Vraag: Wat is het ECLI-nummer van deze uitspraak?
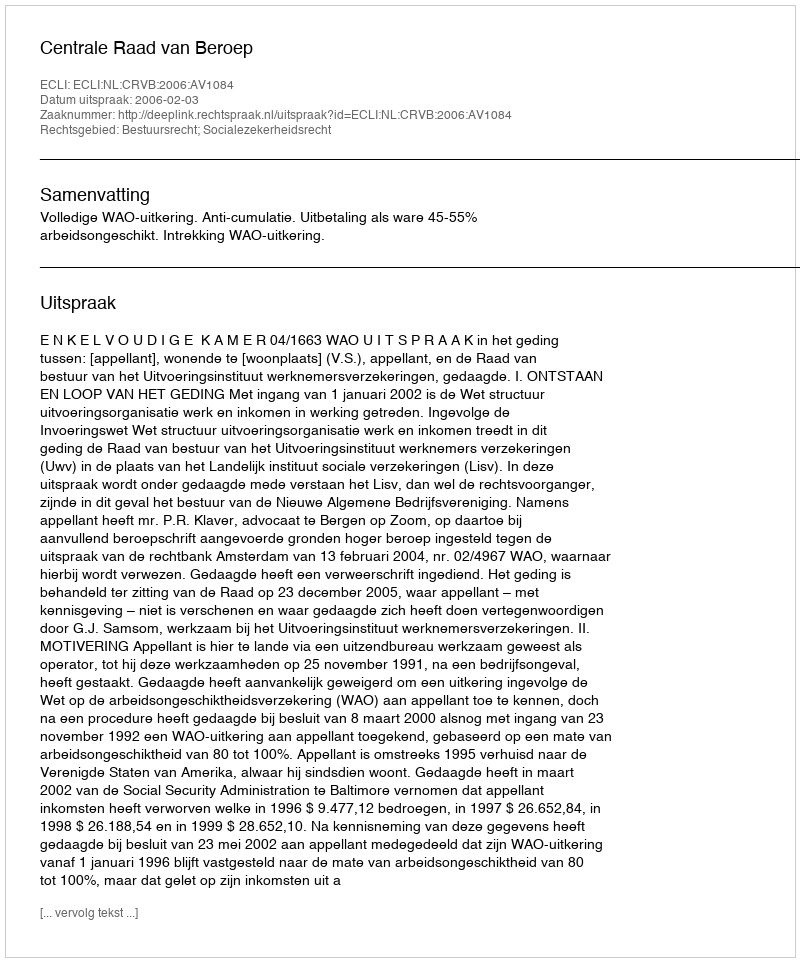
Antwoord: ECLI:NL:CRVB:2006:AV1084